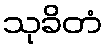
သုခိတံ